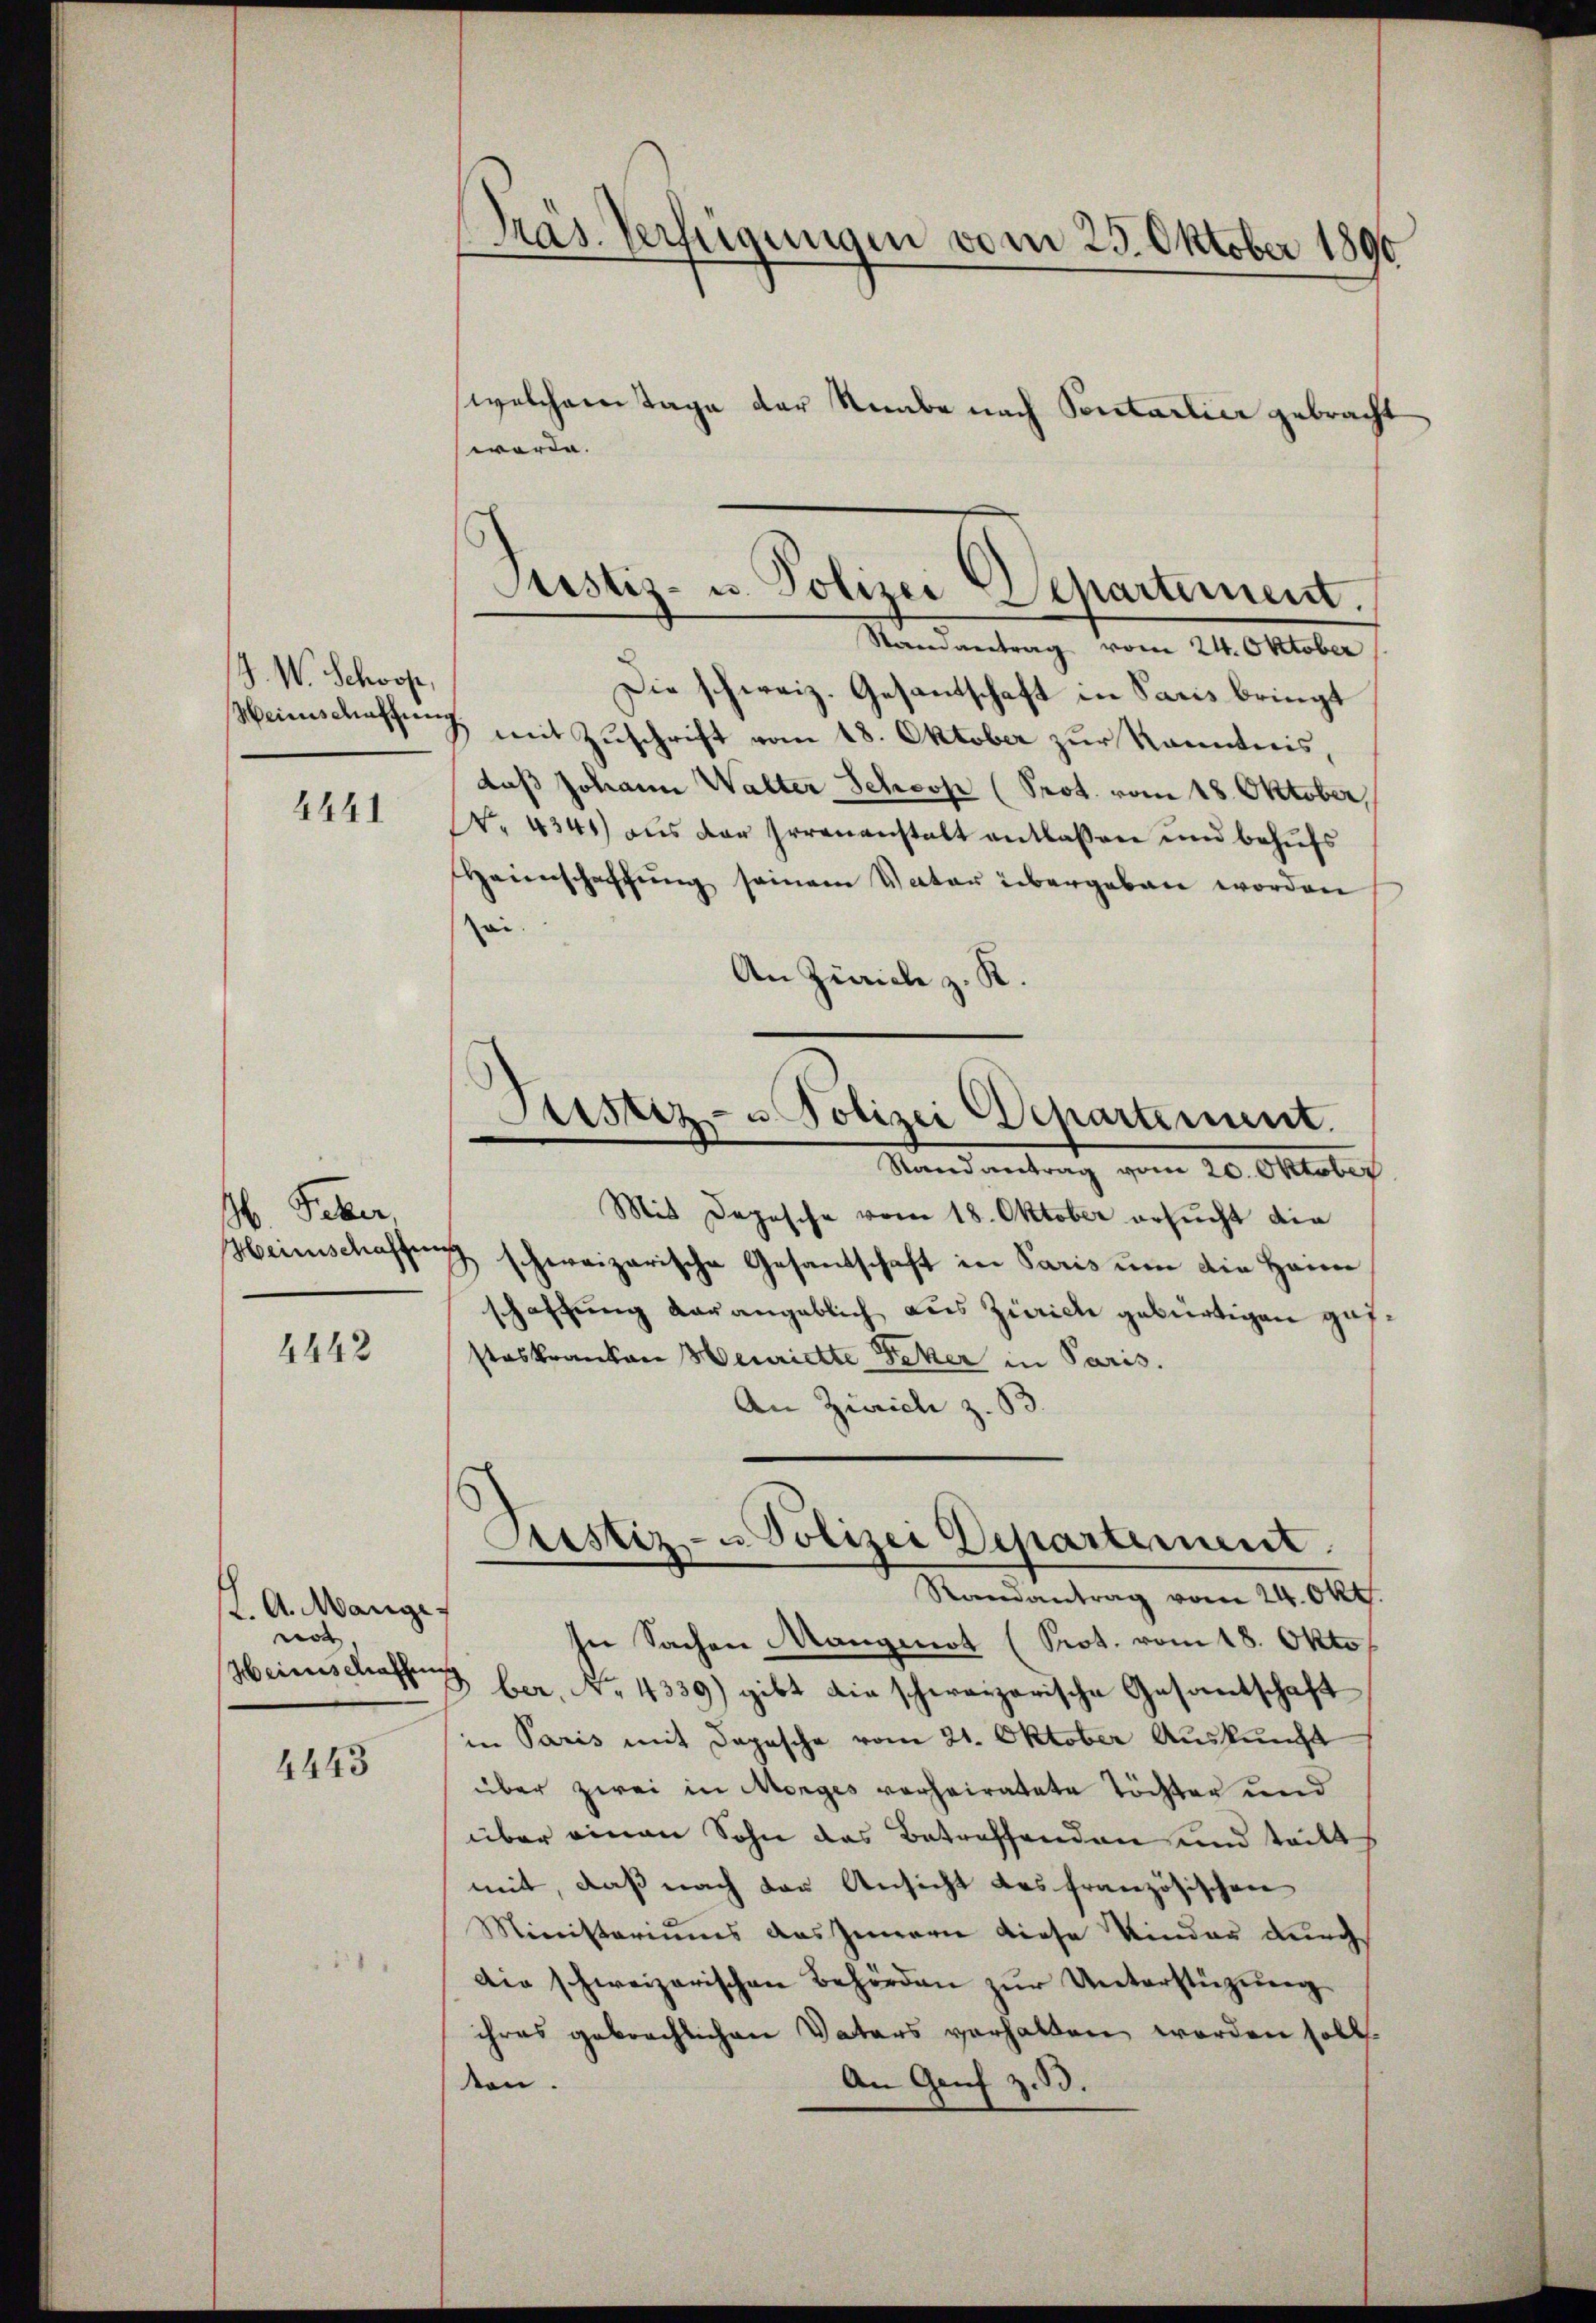
J. W. Schooß,
Weinschaften

4441

6 Feber,
Heinschaffen

4442

K. A. Mange
not
Heimschaffen

4443

Präs. Verfügungen vom 25. Oktober 1890
welchem Tage der Reibe nach Pentarlier gebracht
werde.

Randantrag vom 24. Oktober
Die schweiz. Gesantschaft in Satis bringt
& mit Zuschrift vom 18. Oktober zur Kenntnis,
daß Johann Walter Schoop (Prot. vom 18. Oktober,
No. 4341) aus der Irrenanstalt entlassen und behufs
Heienschaffung seinem Vater übergeben worden
ei.
An Zürich z. R.
Randantrag vom 20. Oktober
Mit Depesche vom 18. Oktober ersucht die
& schweizerische Gesandschaft in Paris um die Hann
schaffung darangeblich aus Zürich gebürtigen gessteskranken Heurichte Peter in Paris.
An Zürich z. B.
Justiz- u. Polizei Departement
Randantrag vom 24. Okt
In Sachen Mangenot (Prot. vom 18. Okto
Bber, No. 4339) gibt die schweizerische Gesantschaft
in Paris mit Depesche vom 21. Oktober Auskunft
über zwei in Morges verheiratete Töchter und
über einen Sohn das Betreffenden und teilt
mit, daß nach der Ansicht des französischen
Ministeriums das Innern diese Kinder durch
Die schweizerischen Behörden zur Unterstüzung
ihres gebrachlichen Vaters verhalten worden soll.
don
An Genf z. B.

Justiz- u. Polizei Departement.

Astiz- u. Polizei Departement.